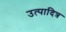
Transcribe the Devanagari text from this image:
उत्पादित्र